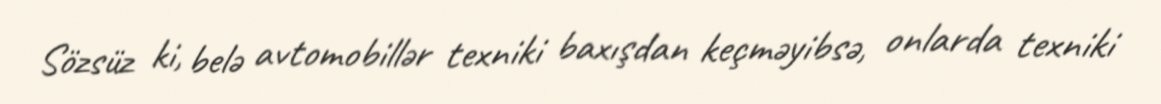
Sözsüz ki, belə avtomobillər texniki baxışdan keçməyibsə, onlarda texniki